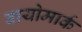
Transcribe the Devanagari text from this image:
बायोमार्क